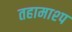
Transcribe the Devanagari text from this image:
तहामाश्प